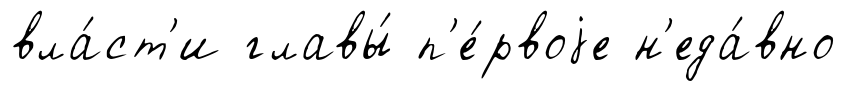
вла́ст'и главы́ п'е́рвоjе н'еда́вно